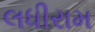
લધીરામ